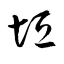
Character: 垣